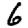
Digit: 6